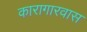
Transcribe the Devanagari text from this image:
कारागारवास